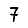
Digit: 7